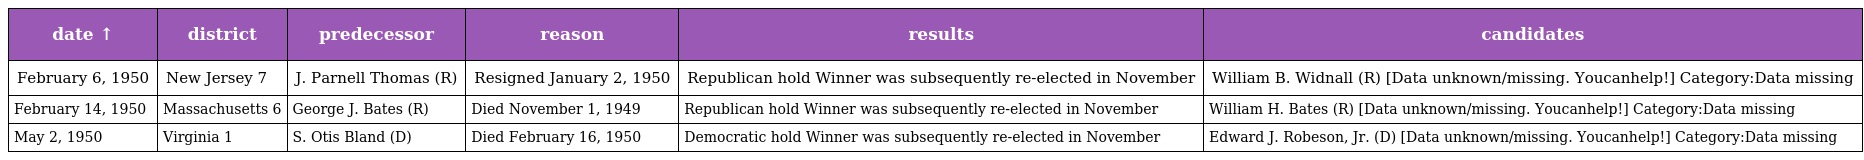
| date ↑ | district | predecessor | reason | results | candidates |
 | --- | --- | --- | --- | --- | --- |
 | February 6, 1950 | New Jersey 7 | J. Parnell Thomas (R) | Resigned January 2, 1950 | Republican hold Winner was subsequently re-elected in November | William B. Widnall (R) [Data unknown/missing. Youcanhelp!] Category:Data missing |
 | February 14, 1950 | Massachusetts 6 | George J. Bates (R) | Died November 1, 1949 | Republican hold Winner was subsequently re-elected in November | William H. Bates (R) [Data unknown/missing. Youcanhelp!] Category:Data missing |
 | May 2, 1950 | Virginia 1 | S. Otis Bland (D) | Died February 16, 1950 | Democratic hold Winner was subsequently re-elected in November | Edward J. Robeson, Jr. (D) [Data unknown/missing. Youcanhelp!] Category:Data missing |